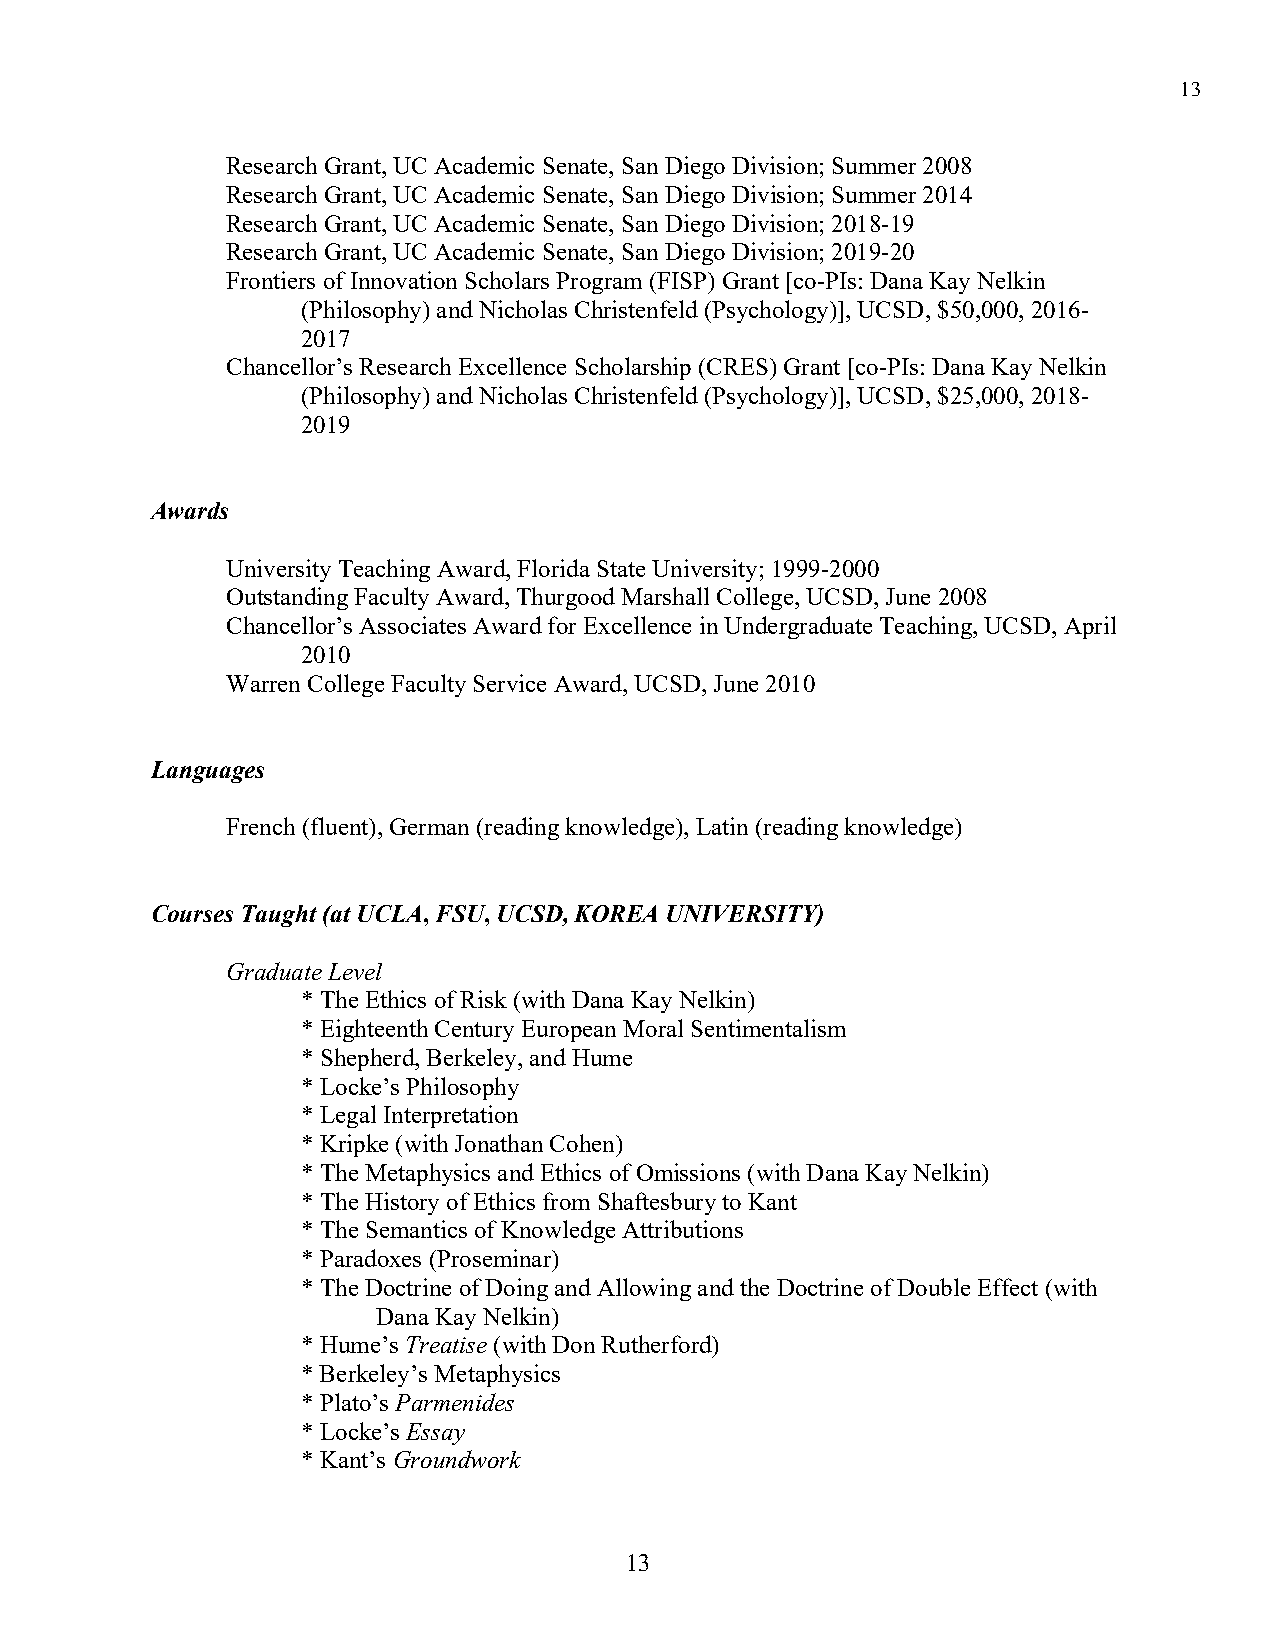
13
 Research Grant, UC Academic Senate, San Diego Division; Summer 2008
 Research Grant, UC Academic Senate, San Diego Division; Summer 2014
 Research Grant, UC Academic Senate, San Diego Division; 2018-19
 Research Grant, UC Academic Senate, San Diego Division; 2019-20
 Frontiers of Innovation Scholars Program (FISP) Grant [co-PIs: Dana Kay Nelkin
 (Philosophy) and Nicholas Christenfeld (Psychology)], UCSD, $50,000, 2016-
 2017
 Chancellor’s Research Excellence Scholarship (CRES) Grant [co-PIs: Dana Kay Nelkin
 (Philosophy) and Nicholas Christenfeld (Psychology)], UCSD, $25,000, 2018-
 2019
 Awards
 University Teaching Award, Florida State University; 1999-2000
 Outstanding Faculty Award, Thurgood Marshall College, UCSD, June 2008
 Chancellor’s Associates Award for Excellence in Undergraduate Teaching, UCSD, April
 2010
 Warren College Faculty Service Award, UCSD, June 2010
 Languages
 French (fluent), German (reading knowledge), Latin (reading knowledge)
 Courses Taught (at UCLA, FSU, UCSD, KOREA UNIVERSITY)
 Graduate Level
 * The Ethics of Risk (with Dana Kay Nelkin)
 * Eighteenth Century European Moral Sentimentalism
 * Shepherd, Berkeley, and Hume
 * Locke’s Philosophy
 * Legal Interpretation
 * Kripke (with Jonathan Cohen)
 * The Metaphysics and Ethics of Omissions (with Dana Kay Nelkin)
 * The History of Ethics from Shaftesbury to Kant
 * The Semantics of Knowledge Attributions
 * Paradoxes (Proseminar)
 * The Doctrine of Doing and Allowing and the Doctrine of Double Effect (with
 Dana Kay Nelkin)
 * Hume’s Treatise (with Don Rutherford)
 * Berkeley’s Metaphysics
 * Plato’s Parmenides
 * Locke’s Essay
 * Kant’s Groundwork
 13